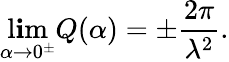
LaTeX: \operatorname*{l\mathbf{i}m}_{\alpha\rightarrow0^{\pm}}Q(\alpha)=\pm\frac{{2\pi}}{{\lambda^{2}}}.